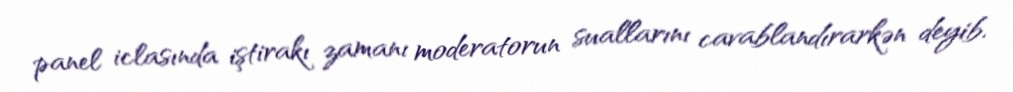
panel iclasında iştirakı zamanı moderatorun suallarını cavablandırarkən deyib.